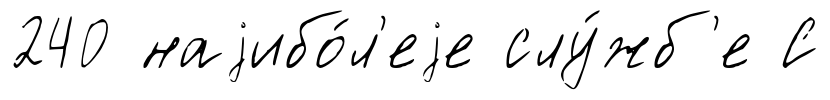
240 наjибо́л'еjе слу́жб'е С